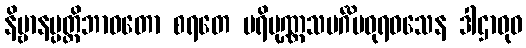
နိဗ္ဗာနပ္ပတ္တိဘာဝတော စရတေ ပရိပုဏ္ဏသမင်္ဂိမဓုရဝသေန ဒါဌာဝုဓ